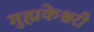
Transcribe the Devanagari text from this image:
गुह्मकेश्वरी